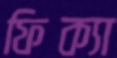
ফিক্যা